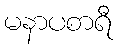
မနာပစာရီ